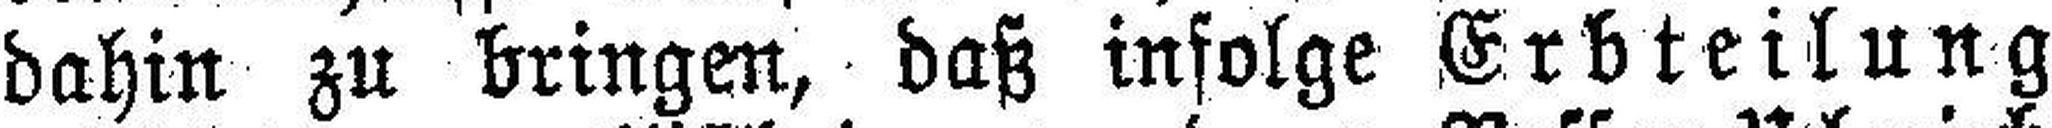
dahin zu bringen, daß infolge Erbteilung